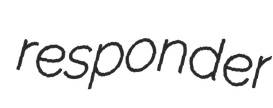
responder